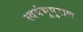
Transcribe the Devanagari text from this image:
स्वयंभूपुराण